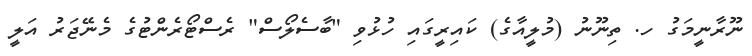
ނޫރާނީމަގު ހ. ތިނޫނު (މުލީއާގެ) ކައިރީގައި ހުޅުވި "ބާސެލޯސް" ރެސްޓޯރެންޓުގެ މެނޭޖަރު އަލީ